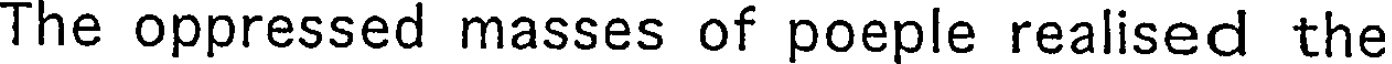
The oppressed masses of poeple realised the